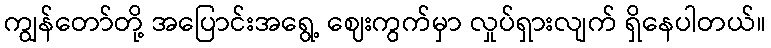
ကျွန်တော်တို့ အပြောင်းအရွေ့ ဈေးကွက်မှာ လှုပ်ရှားလျက် ရှိနေပါတယ်။